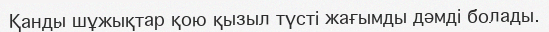
Қанды шұжықтар қою қызыл түсті жағымды дәмді болады.